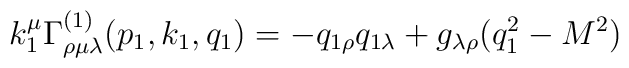
k_1^\mu \Gamma _{\rho \mu \lambda }^{(1)}(p_1,k_1,q_1)=-q_{1\rho}q_{1\lambda }+g_{\lambda \rho }(q_1^2-M^2)